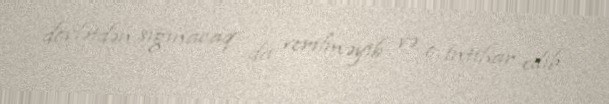
dövlətdən sığınacaq da verilməyib və o, intihar edib.